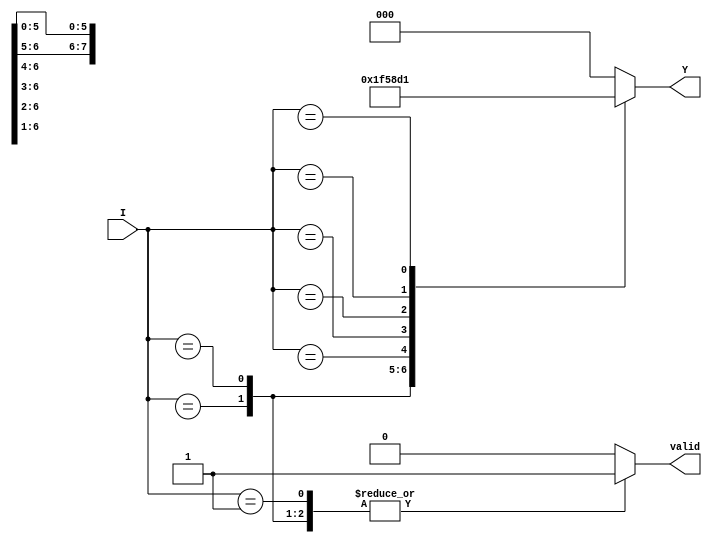
module encoder_8_to_3 (
    input wire [7:0] I,     // 8 input lines
    output reg [2:0] Y,     // 3 output lines
    output reg valid         // Output valid signal
);

    always @(*) begin
        casez (I)  // Use casez to handle don't care conditions
            8'b1xxxxxxx: begin Y = 3'b111; valid = 1; end  // I7 active
            8'b01xxxxxx: begin Y = 3'b110; valid = 1; end  // I6 active
            8'b001xxxxx: begin Y = 3'b101; valid = 1; end  // I5 active
            8'b0001xxxx: begin Y = 3'b100; valid = 1; end  // I4 active
            8'b00001xxx: begin Y = 3'b011; valid = 1; end  // I3 active
            8'b000001xx: begin Y = 3'b010; valid = 1; end  // I2 active
            8'b0000001x: begin Y = 3'b001; valid = 1; end  // I1 active
            8'b00000001: begin Y = 3'b000; valid = 1; end  // I0 active
            default: begin Y = 3'b000; valid = 0; end       // No inputs active
        endcase
    end

endmodule